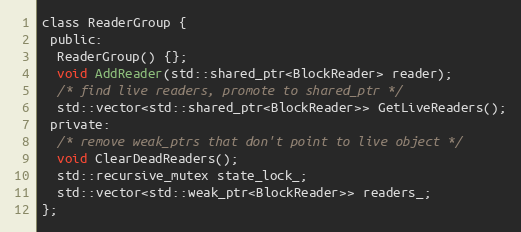
Language: C
class ReaderGroup {
 public:
  ReaderGroup() {};
  void AddReader(std::shared_ptr<BlockReader> reader);
  /* find live readers, promote to shared_ptr */
  std::vector<std::shared_ptr<BlockReader>> GetLiveReaders();
 private:
  /* remove weak_ptrs that don't point to live object */
  void ClearDeadReaders();
  std::recursive_mutex state_lock_;
  std::vector<std::weak_ptr<BlockReader>> readers_;
};